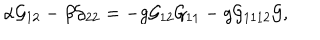
\alpha { \cal G } _ { 1 2 } - \beta { \cal G } _ { 2 2 } = - g { \cal G } _ { 1 2 } { \cal G } _ { 1 1 } - g { \cal G } _ { 1 1 1 2 } { \cal G } ,